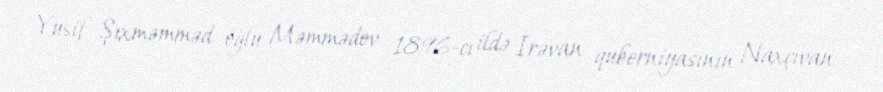
Yusif Şıxməmməd oğlu Məmmədov 1896-cı ildə İrəvan quberniyasının Naxçıvan